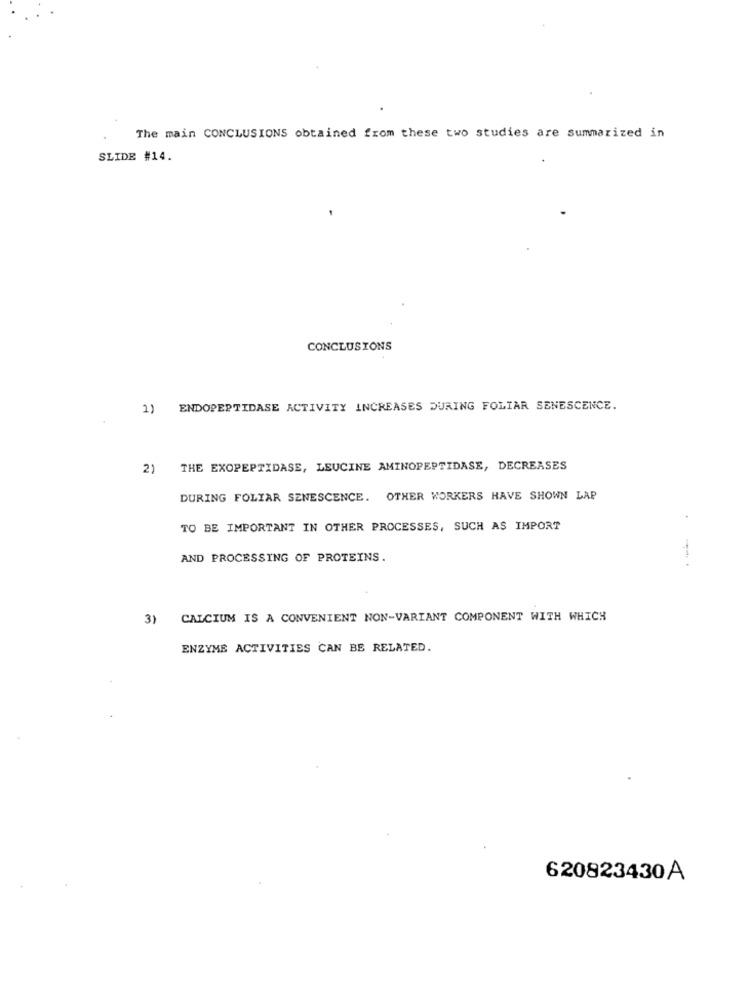
The main CONCLUSIONS obtained from these two studies are summarized in
SLIDE #14.
CONCLUSIONS
1)
ENDOPEPTIDASE ACTIVITY INCREASES DURING FOLIAR SENESCENCE.
2)
THE EXOPEPTIDASE, LEUCINE AMINOPEPTIDASE, DECREASES
DURING FOLIAR SENESCENCE. OTHER WORKERS HAVE SHOWN LAP
TO BE IMPORTANT IN OTHER PROCESSES, SUCH AS IMPORT
AND PROCESSING OF PROTEINS.
3) CALCIUM IS A CONVENIENT NON-VARIANT COMPONENT WITH WHICH
ENZYME ACTIVITIES CAN BE RELATED.
620823430A